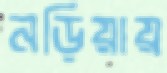
নড়িয়ায়